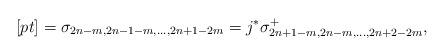
LaTeX: \begin{align*}[pt]=\sigma_{2n-m,2n-1-m,\dots,2n+1-2m}=j^* \sigma_{2n+1-m,2n-m,\dots,2n+2-2m}^+,\end{align*}